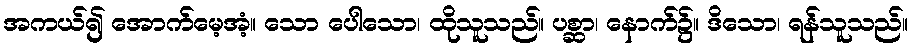
အကယ်၍ အောက်မေ့အံ့။ သော ပေါသော၊ ထိုသူသည်။ ပစ္ဆာ၊ နောက်၌။ ဒိသော၊ ရန်သူသည်။